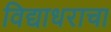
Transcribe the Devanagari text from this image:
विद्याधराचा